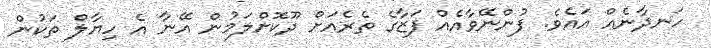
ހަނދާނެއް އައެވެ. ފުންނޭވާއެއް ފަޒާގެ ތެރެއަށް ދޫކޮށްލަމުން އޭނާ އެ ހިޔާލް ތަކުން